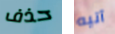
حذف آتيه